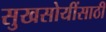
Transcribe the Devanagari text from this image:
सुखसोयींसाठी